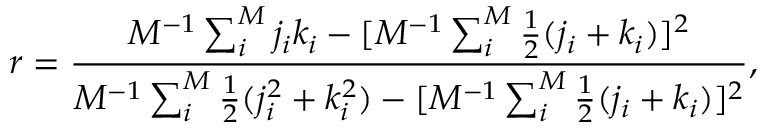
r = \frac { M ^ { - 1 } \sum _ { i } ^ { M } j _ { i } k _ { i } - [ M ^ { - 1 } \sum _ { i } ^ { M } \frac { 1 } { 2 } ( j _ { i } + k _ { i } ) ] ^ { 2 } } { M ^ { - 1 } \sum _ { i } ^ { M } \frac { 1 } { 2 } ( j _ { i } ^ { 2 } + k _ { i } ^ { 2 } ) - [ M ^ { - 1 } \sum _ { i } ^ { M } \frac { 1 } { 2 } ( j _ { i } + k _ { i } ) ] ^ { 2 } } ,